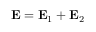
{ \bf E } = { \bf E } _ { 1 } + { \bf E } _ { 2 }